Indian journal of veterinary science and animal husbandry - Volumes 15-17, 1948-1951
Year: 1948
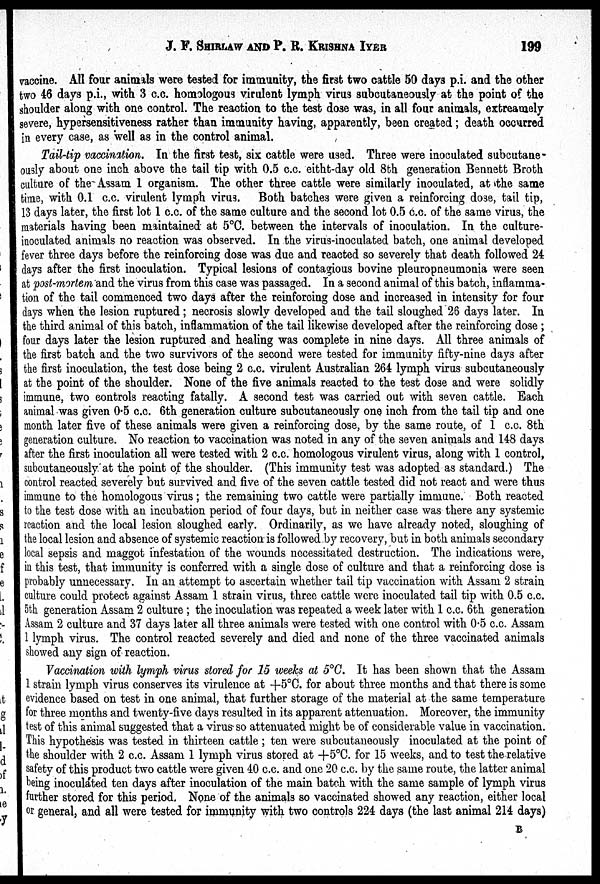
J. F. SHIRLAW AND P.
R.
KRISHNA
IYER
199
vaccine. All four animals were tested for immunity, the first two cattle 50 days p.i. and the other
two 46 days p.i., with 3 c.c. homologous virulent lymph virus subcutaneously at the point of the
shoulder along with one control. The reaction to the test dose was, in all four animals, extreamely
severe, hypersensitiveness rather than immunity having, apparently, been created; death occurred
in every case, as well as in the control animal.
Tail-tip vaccination. In the first test, six cattle were used. Three were inoculated subcutane-
ously about one inch above the tail tip with 0.5 c.c. eitht-day old 8th generation Bennett Broth
culture of the Assam 1 organism. The other three cattle were similarly inoculated, at the same
time, with 0.1 c.c. virulent lymph virus. Both batches were given a reinforcing dose, tail tip,
13 days later, the first lot 1 c.c. of the same culture and the second lot 0.5 c.c. of the same virus, the
materials having been maintained at 5°C. between the intervals of inoculation. In the culture-
inoculated animals no reaction was observed. In the virus-inoculated batch, one animal developed
fever three days before the reinforcing dose was due and reacted so severely that death followed 24
days after the first inoculation. Typical lesions of contagious bovine pleuropneumonia were seen
at post-mortem and the virus from this case was passaged. In a second animal of this batch, inflamma-
tion of the tail commenced two days after the reinforcing dose and increased in intensity for four
days when the lesion ruptured; necrosis slowly developed and the tail sloughed 26 days later. In
the third animal of this batch, inflammation of the tail likewise developed after the reinforcing dose;
four days later the lesion ruptured and healing was complete in nine days. All three animals of
the first batch and the two survivors of the second were tested for immunity fifty-nine days after
the first inoculation, the test dose being 2 c.c. virulent Australian 264 lymph virus subcutaneously
at the point of the shoulder. None of the five animals reacted to the test dose and were solidly
immune, two controls reacting fatally. A second test was carried out with seven cattle. Each
animal was given 0.5 c.c. 6th generation culture subcutaneously one inch from the tail tip and one
month later five of these animals were given a reinforcing dose, by the same route, of 1 c.c. 8th
generation culture. No reaction to vaccination was noted in any of the seven animals and 148 days
after the first inoculation all were tested with 2 c.c. homologous virulent virus, along with 1 control,
subcutaneously at the point of the shoulder. (This immunity test was adopted as standard.) The
control reacted severely but survived and five of the seven cattle tested did not react and were thus
immune to the homologous virus; the remaining two cattle were partially immune. Both reacted
to the test dose with an incubation period of four days, but in neither case was there any systemic
reaction and the local lesion sloughed early. Ordinarily, as we have already noted, sloughing of
the local lesion and absence of systemic reaction is followed by recovery, but in both animals secondary
local sepsis and maggot infestation of the wounds necessitated destruction. The indications were,
in this test, that immunity is conferred with a single dose of culture and that a reinforcing dose is
probably unnecessary. In an attempt to ascertain whether tail tip vaccination with Assam 2 strain
culture could protect against Assam 1 strain virus, three cattle were inoculated tail tip with 0.5 c.c.
5th generation Assam 2 culture; the inoculation was repeated a week later with 1 c.c. 6th generation
Assam 2 culture and 37 days later all three animals were tested with one control with 0.5 c.c. Assam
1 lymph virus. The control reacted severely and died and none of the three vaccinated animals
showed any sign of reaction.
Vaccination with lymph virus stored for 15 weeks at 5°C. It has been shown that the Assam
1 strain lymph virus conserves its virulence at +5°C. for about three months and that there is some
evidence based on test in one animal, that further storage of the material at the same temperature
for three months and twenty-five days resulted in its apparent attenuation. Moreover, the immunity
test of this animal suggested that a virus so attenuated might be of considerable value in vaccination.
This hypothesis was tested in thirteen cattle; ten were subcutaneously inoculated at the point of
the shoulder with 2 c.c. Assam 1 lymph virus stored at +5°C. for 15 weeks, and to test the relative
safety of this product two cattle were given 40 c.c. and one 20 c.c. by the same route, the latter animal
being inoculated ten days after inoculation of the main batch with the same sample of lymph virus
further stored for this period. None of the animals so vaccinated showed any reaction, either local
or general, and all were tested for immunity with two controls 224 days (the last animal 214 days)